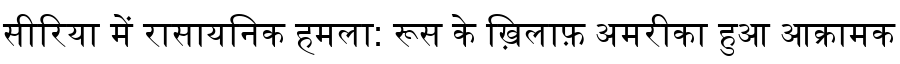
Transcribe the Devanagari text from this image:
सीरिया में रासायनिक हमला: रूस के ख़िलाफ़ अमरीका हुआ आक्रामक